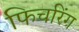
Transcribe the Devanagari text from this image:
फिचरिंग